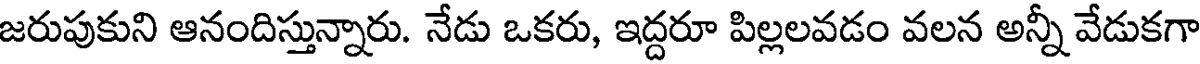
జరుపుకుని ఆనందిస్తున్నారు. నేడు ఒకరు, ఇద్దరూ పిల్లలవడం వలన అన్నీ వేడుకగా